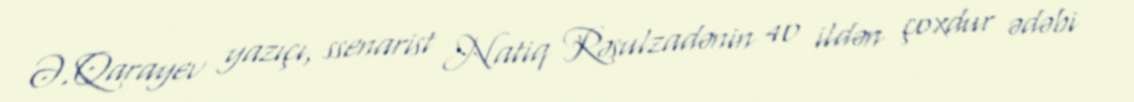
Ə.Qarayev yazıçı, ssenarist Natiq Rəsulzadənin 40 ildən çoxdur ədəbi